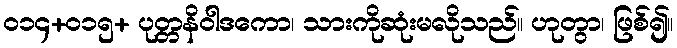
၀၁၄+၀၁၅+ ပုတ္တနိဝါဒကော၊ သားကိုဆုံးမလိုသည်။ ဟုတွာ၊ ဖြစ်၍။